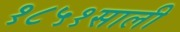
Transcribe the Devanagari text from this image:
१८५१साली